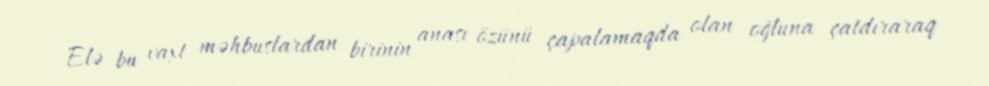
Elə bu vaxt məhbuslardan birinin anası özünü çapalamaqda olan oğluna çatdıraraq